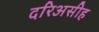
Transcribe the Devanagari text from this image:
दरिअसीह